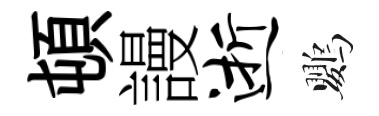
頓謾逝鸚